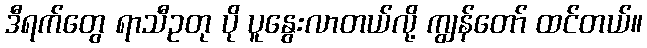
ဒီရက်တွေ ရာသီဥတု ပို ပူနွေးလာတယ်လို့ ကျွန်တော် ထင်တယ်။